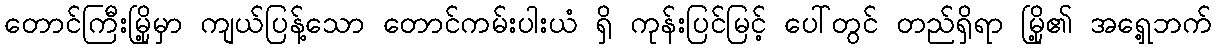
တောင်ကြီးမြို့မှာ ကျယ်ပြန့်သော တောင်ကမ်းပါးယံ ရှိ ကုန်းပြင်မြင့် ပေါ်တွင် တည်ရှိရာ မြို့၏ အရှေ့ဘက်